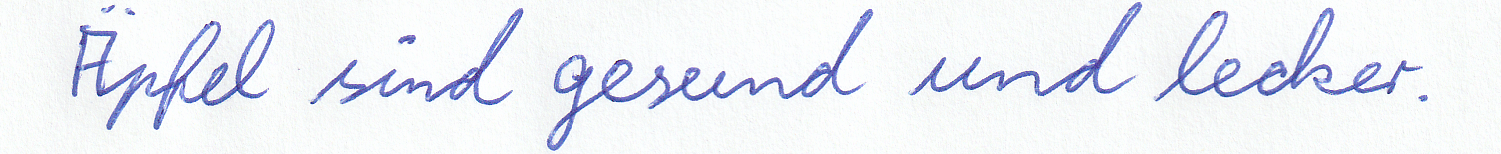
Äpfel sind gesund und lecker.